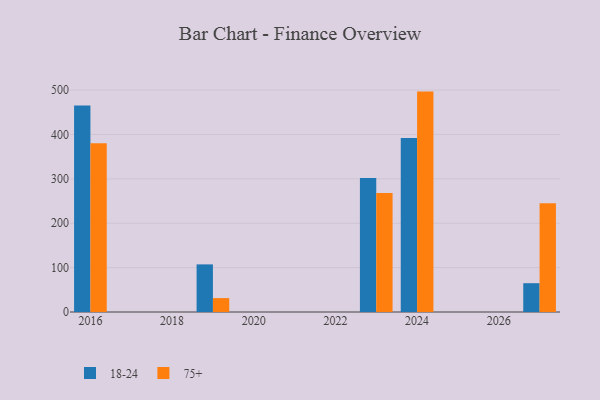
{"axis": {"x": "Year", "y": "Shipments"}, "legend": ["18-24", "75+"], "data": [{"x": "2019", "y": 107.3, "type": "18-24"}, {"x": "2019", "y": 31.3, "type": "75+"}, {"x": "2027", "y": 64.9, "type": "18-24"}, {"x": "2027", "y": 244.9, "type": "75+"}, {"x": "2024", "y": 392.0, "type": "18-24"}, {"x": "2024", "y": 496.7, "type": "75+"}, {"x": "2016", "y": 465.4, "type": "18-24"}, {"x": "2016", "y": 380.4, "type": "75+"}, {"x": "2023", "y": 302.2, "type": "18-24"}, {"x": "2023", "y": 268.1, "type": "75+"}]}